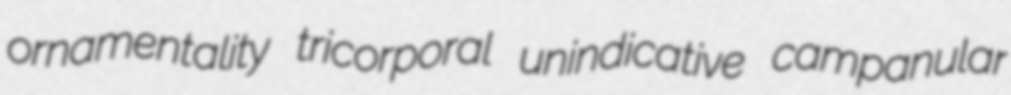
ornamentality tricorporal unindicative campanular